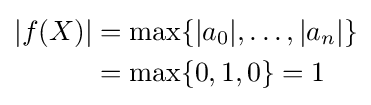
{\begin{aligned}|f(X)|&=\max\{|a_{0}|,\ldots ,|a_{n}|\}\\&=\max\{0,1,0\}=1\end{aligned}}